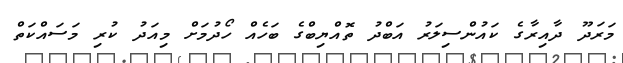
މަރަދޫ ދާއިރާގެ ކައުންސިލަރު އަބްދު ތޮއްޔިބްގެ ބަހެއް ހޯދުމަށް މިއަދު ކުރި މަސައްކަތް